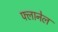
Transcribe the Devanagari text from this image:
फ्लानेल